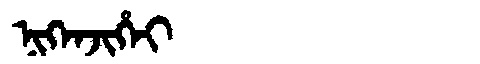
Manchu: ᠨᡳᡴᡝᠨᠵᡳᡥᡝᡳ
Romanization: NIKENJIHEI